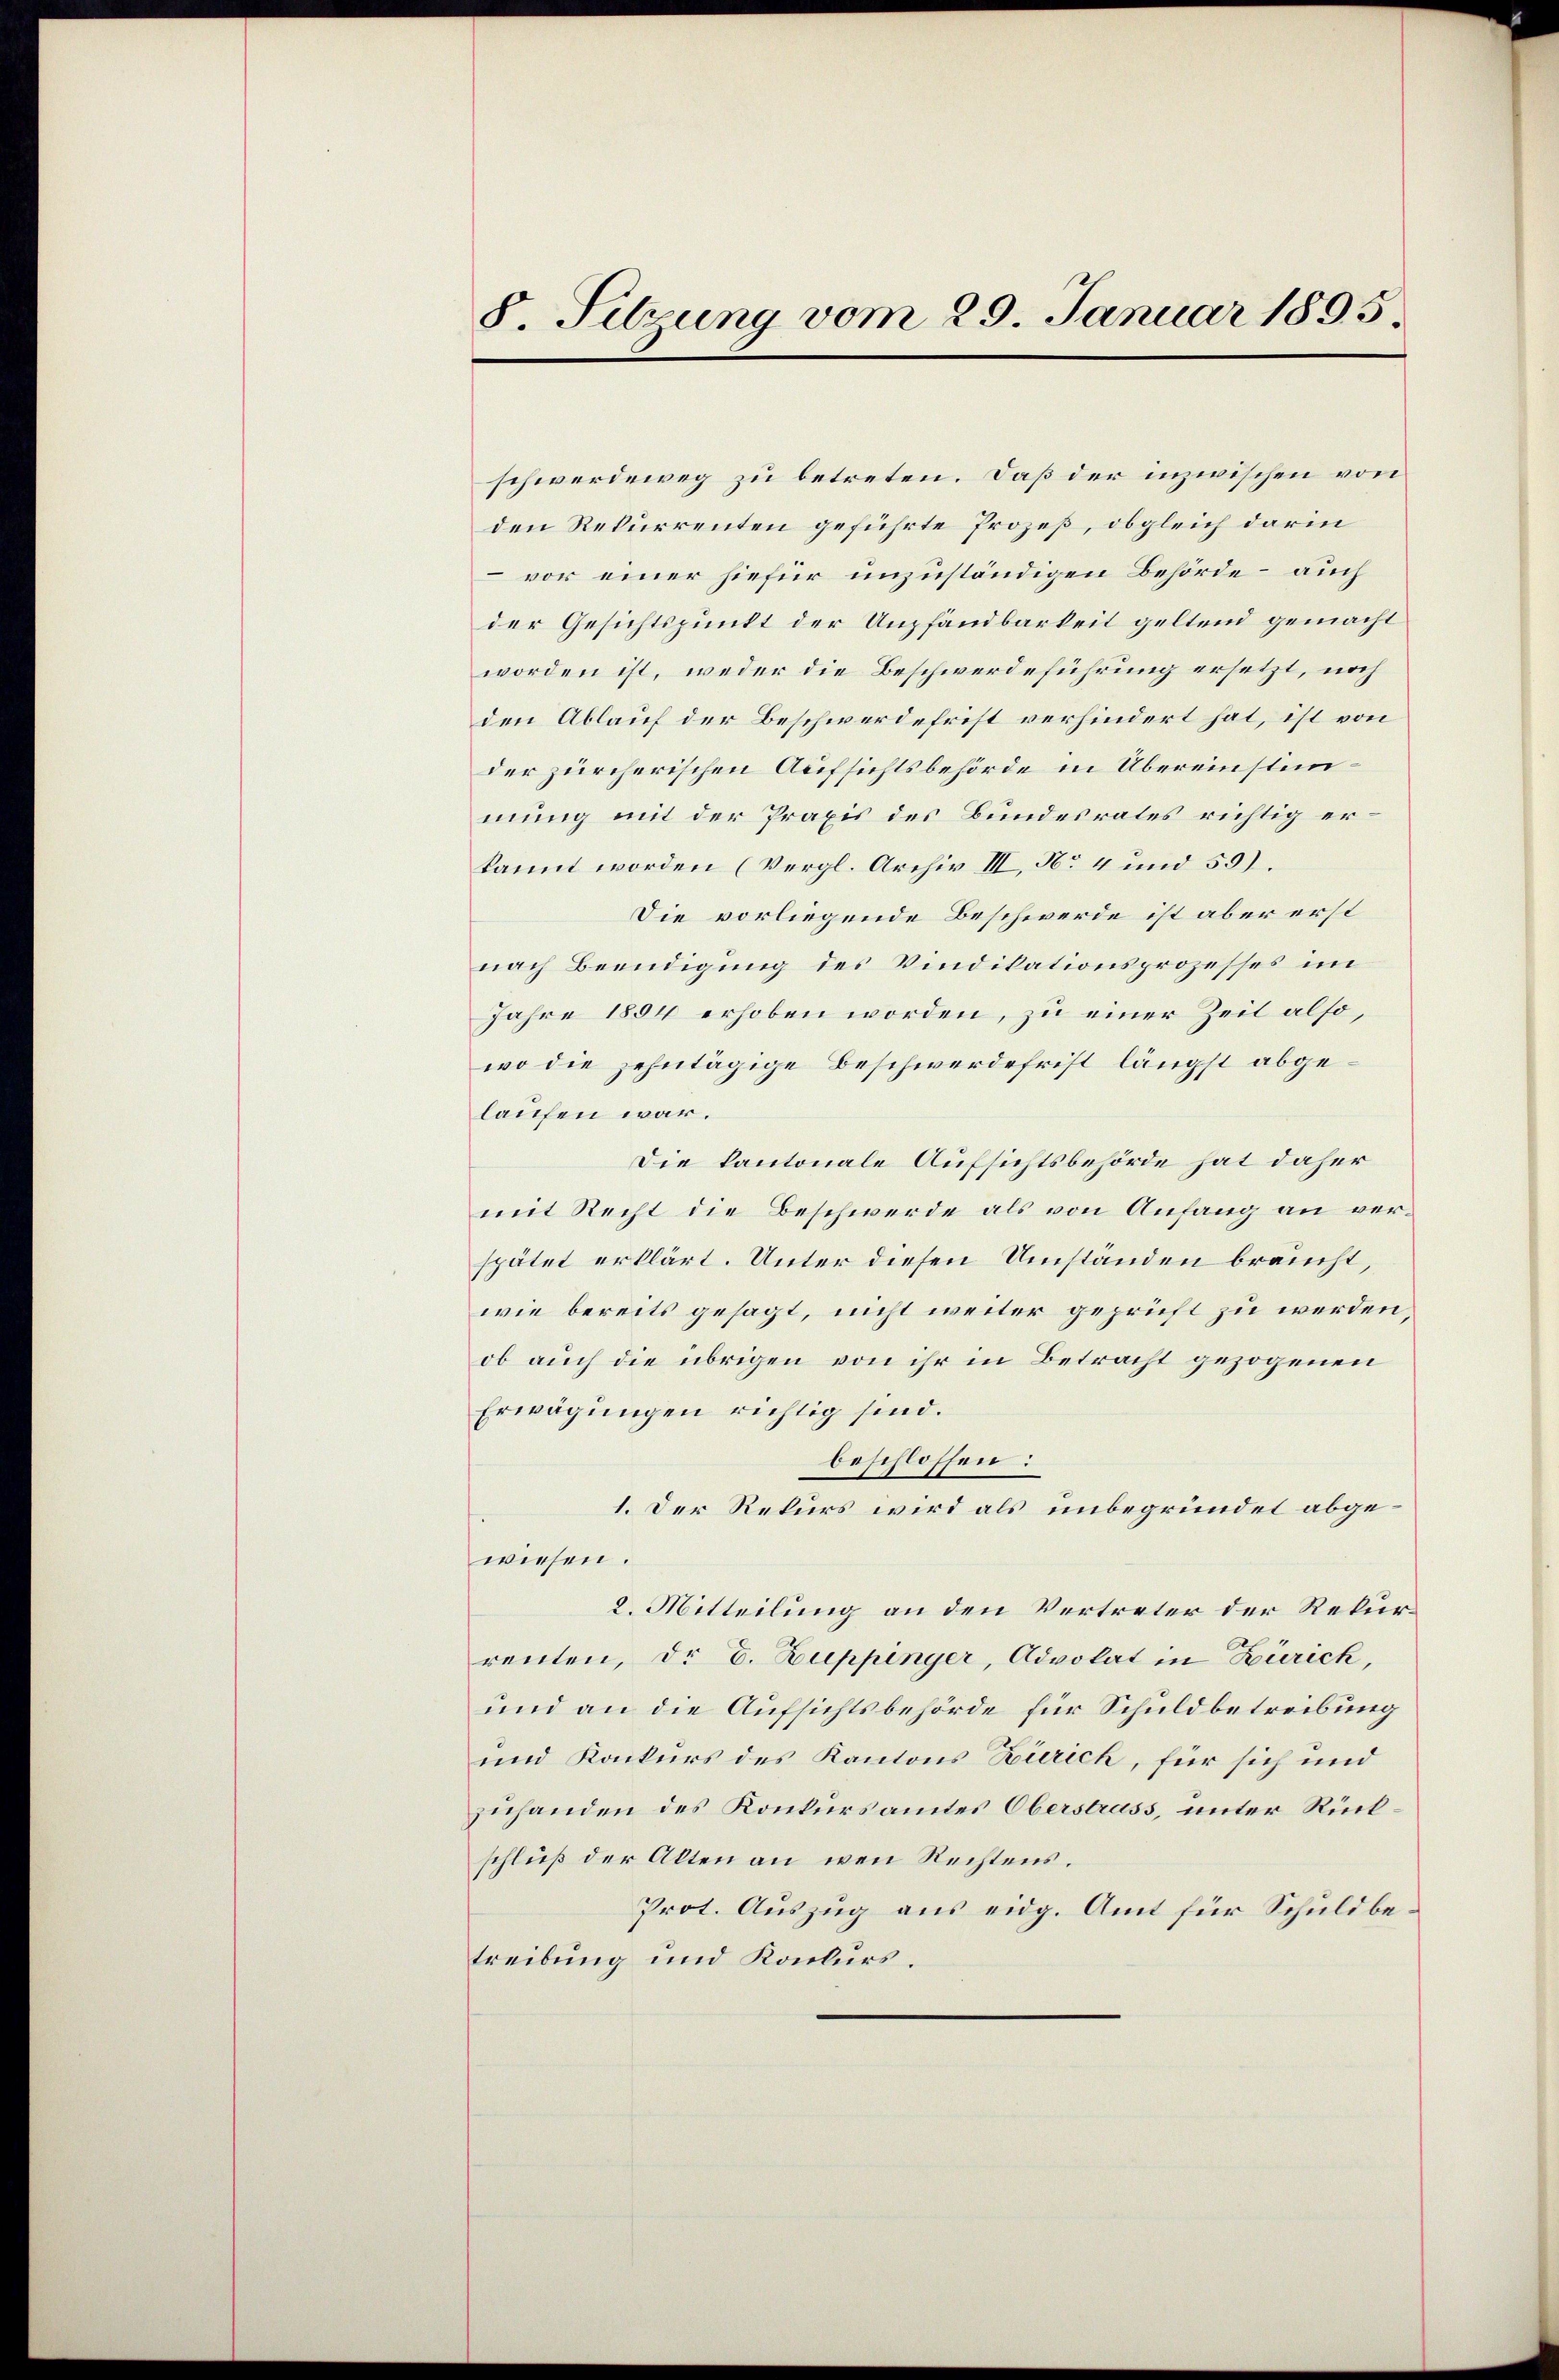
8. Sitzung vom 29. Januar 1895.

schwerdeweg zu betreten. Daß der inzwischen von
den Rekurrenten geführte Prozeß, obgleich darin
– vor einer hiefür unzuständigen Behörde – auch
der Gesichtspunkt der Umpfandbarkeit geltend gemacht
worden ist, weder die Beschwerdeführung ersetzt, noch
den Ablauf der Beschwerdefrist verhindert hat, ist von
der zürcherischen Aufsichtsbehörde in Übereinstimmung mit der Praxis des Bundesrates richtig erkannt worden (Vergl. Archiv III, No 4 und 55).
Die vorliegende Beschwerde ist aber erst
nach Beendigung des Vindikationsprozesses im
Jahre 1884 erhoben worden, zu einer Zeit also,
wo die zehntägige Beschwerdefrist längst abgelaufen war.
Die kantonale Aufsichtsbehörde hat daher
mit Recht die Beschwerde als von Anfang an verspätet erklärt. Unter diesen Umständen braucht,
wie bereits gesagt, nicht weiter geprüft zu werden,
ob auch die übrigen von ihr in Betracht gezogenen
Erwägungen richtig sind.
beschlossen:
1. Der Rekurs wird als unbegründet abgewiesen.
2. Mitteilung an den Vertreter der Rekurrenten, dr E. Zuppinger, Advokat in Zürich,
und an die Aufsichtsbehörde für Schuldbetreibung
und Konkurs des Kantons Zürich, für sich und
zuhanden des Konkursamtes Oberstrass, unter Rückschluß der Alten an wenn Rechtens.
Prot. Auszug aus eidg. Amt für Schuldbetreibung und Konkurs.